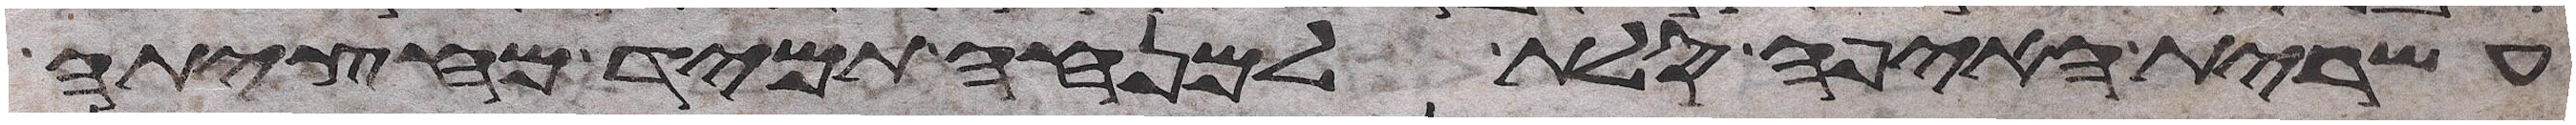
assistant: עשירת האיפה סלת למנחה תמיד מחציתה